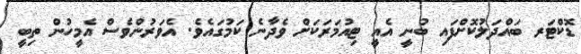
ޑޮކްޓަރ ބައްދަލުކޮށްފައި ބުނީ އެއީ ޓިއުމަރަކަށް ވެދާނެ ކަމުގައެވެ. އެވަރުންވެސް އެމީހުން ތިބީ